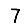
Digit: 7